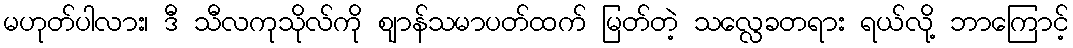
မဟုတ်ပါလား၊ ဒီ သီလကုသိုလ်ကို ဈာန်သမာပတ်ထက် မြတ်တဲ့ သလ္လေခတရား ရယ်လို့ ဘာကြောင့်